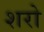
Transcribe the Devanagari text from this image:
शरो